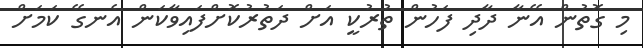
މި ގޮތުން އޭނާ ދާދި ފަހުން ތުރުކީ އަށް ދަތުރުކޮށްފައިވާކަން އެނގޭ ކަމަށް